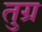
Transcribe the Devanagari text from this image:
तुग्र